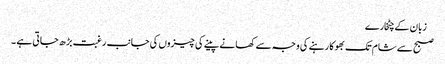
 زبان کے چٹخارے
صبح سے شام تک بھوکا رہنے کی وجہ سے کھانے پینے کی چیزوں کی جانب رغبت بڑ ھ جاتی ہے ۔